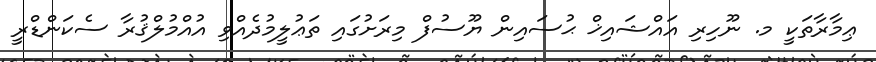
ޢިމާރާތަކީ މ. ނޫހިރި އައްޝައިޚް ޙުސައިން ޔޫސުފް މިރަށުގައި ތަޢުލީމުދެއްވި އުއްމުލްޤުރާ ސެކަންޑްރީ